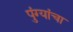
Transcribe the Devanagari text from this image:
पुंग्यांचा